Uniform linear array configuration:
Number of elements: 32
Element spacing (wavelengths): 0.75
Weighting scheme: binomial
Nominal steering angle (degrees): -45
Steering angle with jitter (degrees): -43.919
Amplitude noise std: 0.05
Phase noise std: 0.05

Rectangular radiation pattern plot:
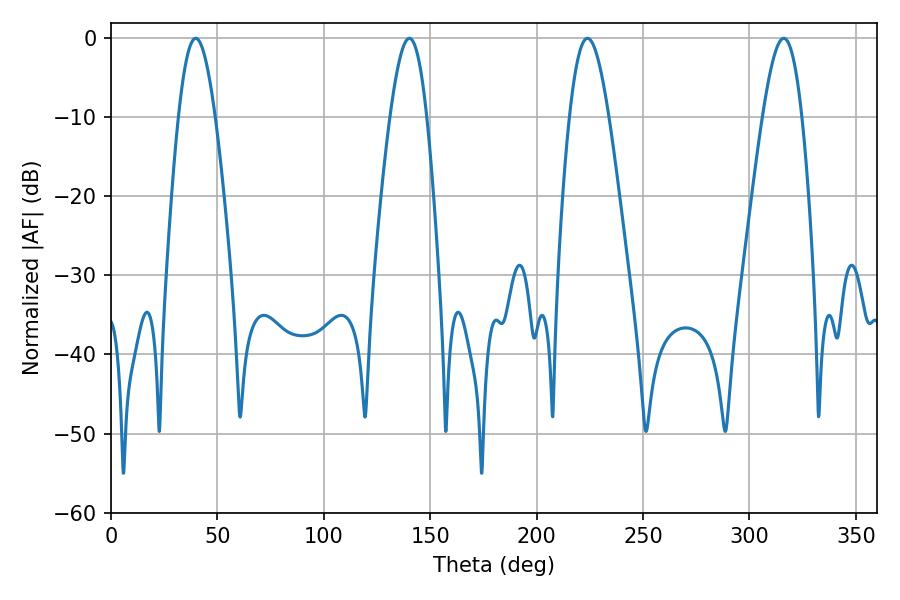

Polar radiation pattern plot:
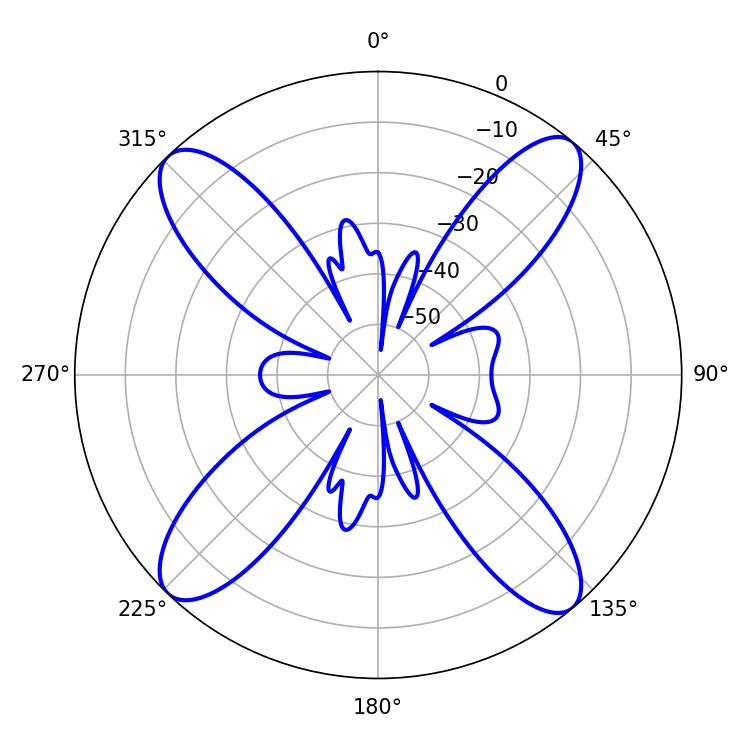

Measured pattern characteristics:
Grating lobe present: TRUE
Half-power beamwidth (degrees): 9.36
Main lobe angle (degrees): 39.78